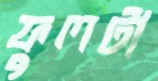
ফুলটা